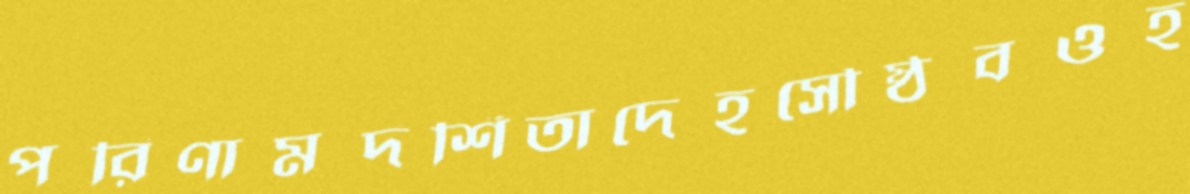
পরিণামদর্শিতাদেহসৌষ্ঠবওহ